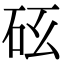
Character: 𥐺